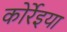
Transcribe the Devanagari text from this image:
कोर्रेइया